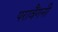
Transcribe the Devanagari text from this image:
परावैंगनी